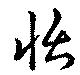
怡